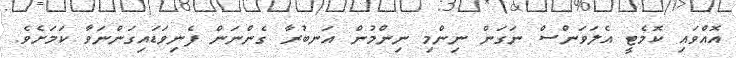
އޮއްވައި ކޮމެޓީ އެލަވަންސް ނަގަން ނިންމި ނިންމުން އަނބުރާ ގެންނަން ފެނިވަޑައިގަންނަވާ ކަމަށެވެ.